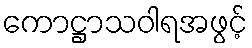
ကောဋ္ဌာသဝါရအဖွင့်